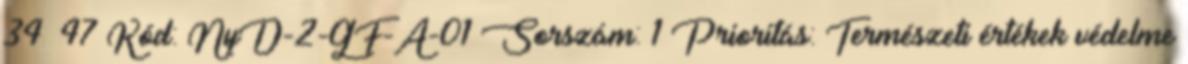
34 47 Kód: NyD-2-GF-A-01 Sorszám: 1 Prioritás: Természeti értékek védelme